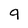
Character: 9